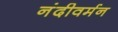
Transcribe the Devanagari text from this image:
नंदीवर्मन